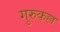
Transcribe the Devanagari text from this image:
गुरुकल्ल